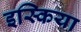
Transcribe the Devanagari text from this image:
इस्किया